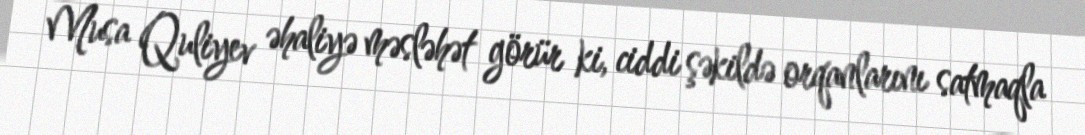
Musa Quliyev əhaliyə məsləhət görür ki, ciddi şəkildə orqanlarını satmaqla